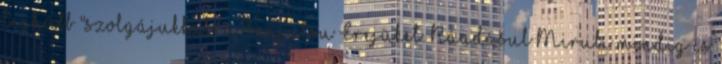
leghűbb "szolgájukkal" a Senjutsu Erejüket. Ráadásul Mirubi mindig is